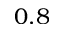
0 . 8